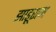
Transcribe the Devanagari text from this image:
झाड़ूराम